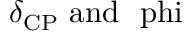
\delta _ { \mathrm { C P } } ~ \mathrm { a n d ~ \ p h i }